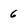
Character: 6